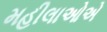
મહીલાઓએ